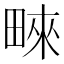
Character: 𤲓